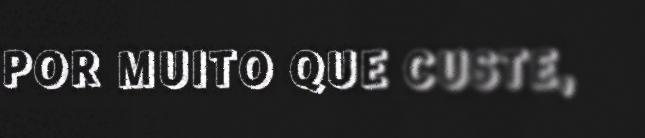
POR MUITO QUE CUSTE,